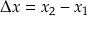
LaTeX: \Delta x = x _ { 2 } - x _ { 1 }